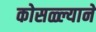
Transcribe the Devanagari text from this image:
कोसळ्ल्याने